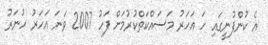
އެ ކުންފުނީގައި ހަ އަހަރު މަސައްކަތްކުރުމަށް ފަހު 2007 ވަނަ އަހަރު ހުނަރު